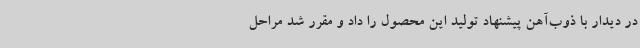
در دیدار با ذوب‌آهن پیشنهاد تولید این محصول را داد و مقرر شد مراحل